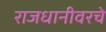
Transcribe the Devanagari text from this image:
राजधानीवरचे